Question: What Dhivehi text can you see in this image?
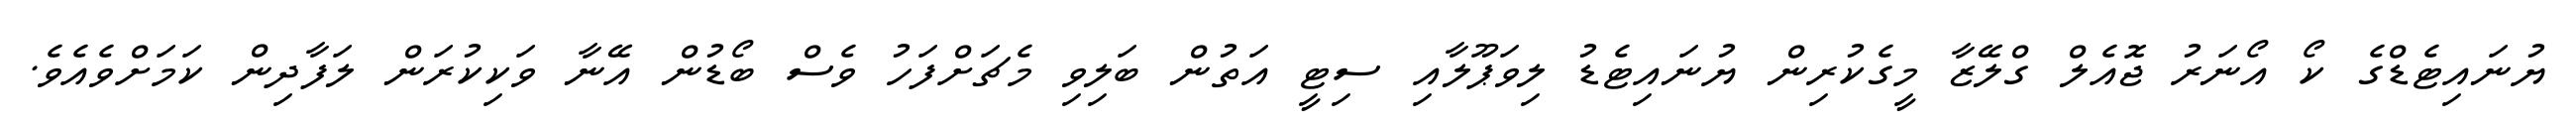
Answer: ޔުނައިޓެޑްގެ ކޯ އޯނަރު ޖޮއެލް ގްލޭޒާ މީގެކުރިން ޔުނައިޓެޑު ލިވަޕޫލާއި ސިޓީ އަތުން ބަލިވި މެޗަށްފަހު ވެސް ބޯޑުން އޭނާ ވަކިކުރަން ލަފާދިން ކަމަށްވެއެވެ.